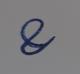
Signature authenticity: genuine